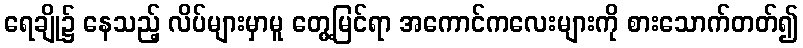
ရေချို၌ နေသည့် လိပ်များမှာမူ တွေ့မြင်ရာ အကောင်ကလေးများကို စားသောက်တတ်၍